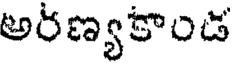
అరణ్యకాండ